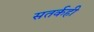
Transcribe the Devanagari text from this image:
सतर्कही